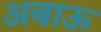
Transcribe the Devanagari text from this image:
अबाऊ